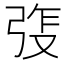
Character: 𫸵